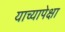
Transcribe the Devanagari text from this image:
याच्यापेक्षा